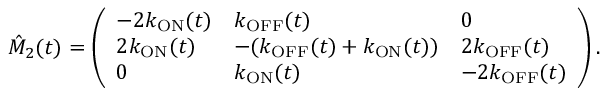
\hat { M } _ { 2 } ( t ) = \left( \begin{array} { l l l } { - 2 k _ { \mathrm { O N } } ( t ) } & { k _ { \mathrm { O F F } } ( t ) } & { 0 } \\ { 2 k _ { \mathrm { O N } } ( t ) } & { - ( k _ { \mathrm { O F F } } ( t ) + k _ { \mathrm { O N } } ( t ) ) } & { 2 k _ { \mathrm { O F F } } ( t ) } \\ { 0 } & { k _ { \mathrm { O N } } ( t ) } & { - 2 k _ { \mathrm { O F F } } ( t ) } \end{array} \right) .